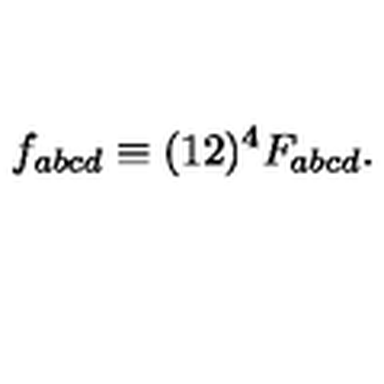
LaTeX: f _ { a b c d } \equiv ( 1 2 ) ^ { 4 } F _ { a b c d } .